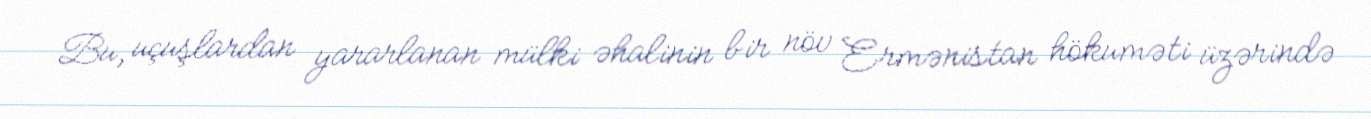
Bu, uçuşlardan yararlanan mülki əhalinin bir növ Ermənistan hökuməti üzərində